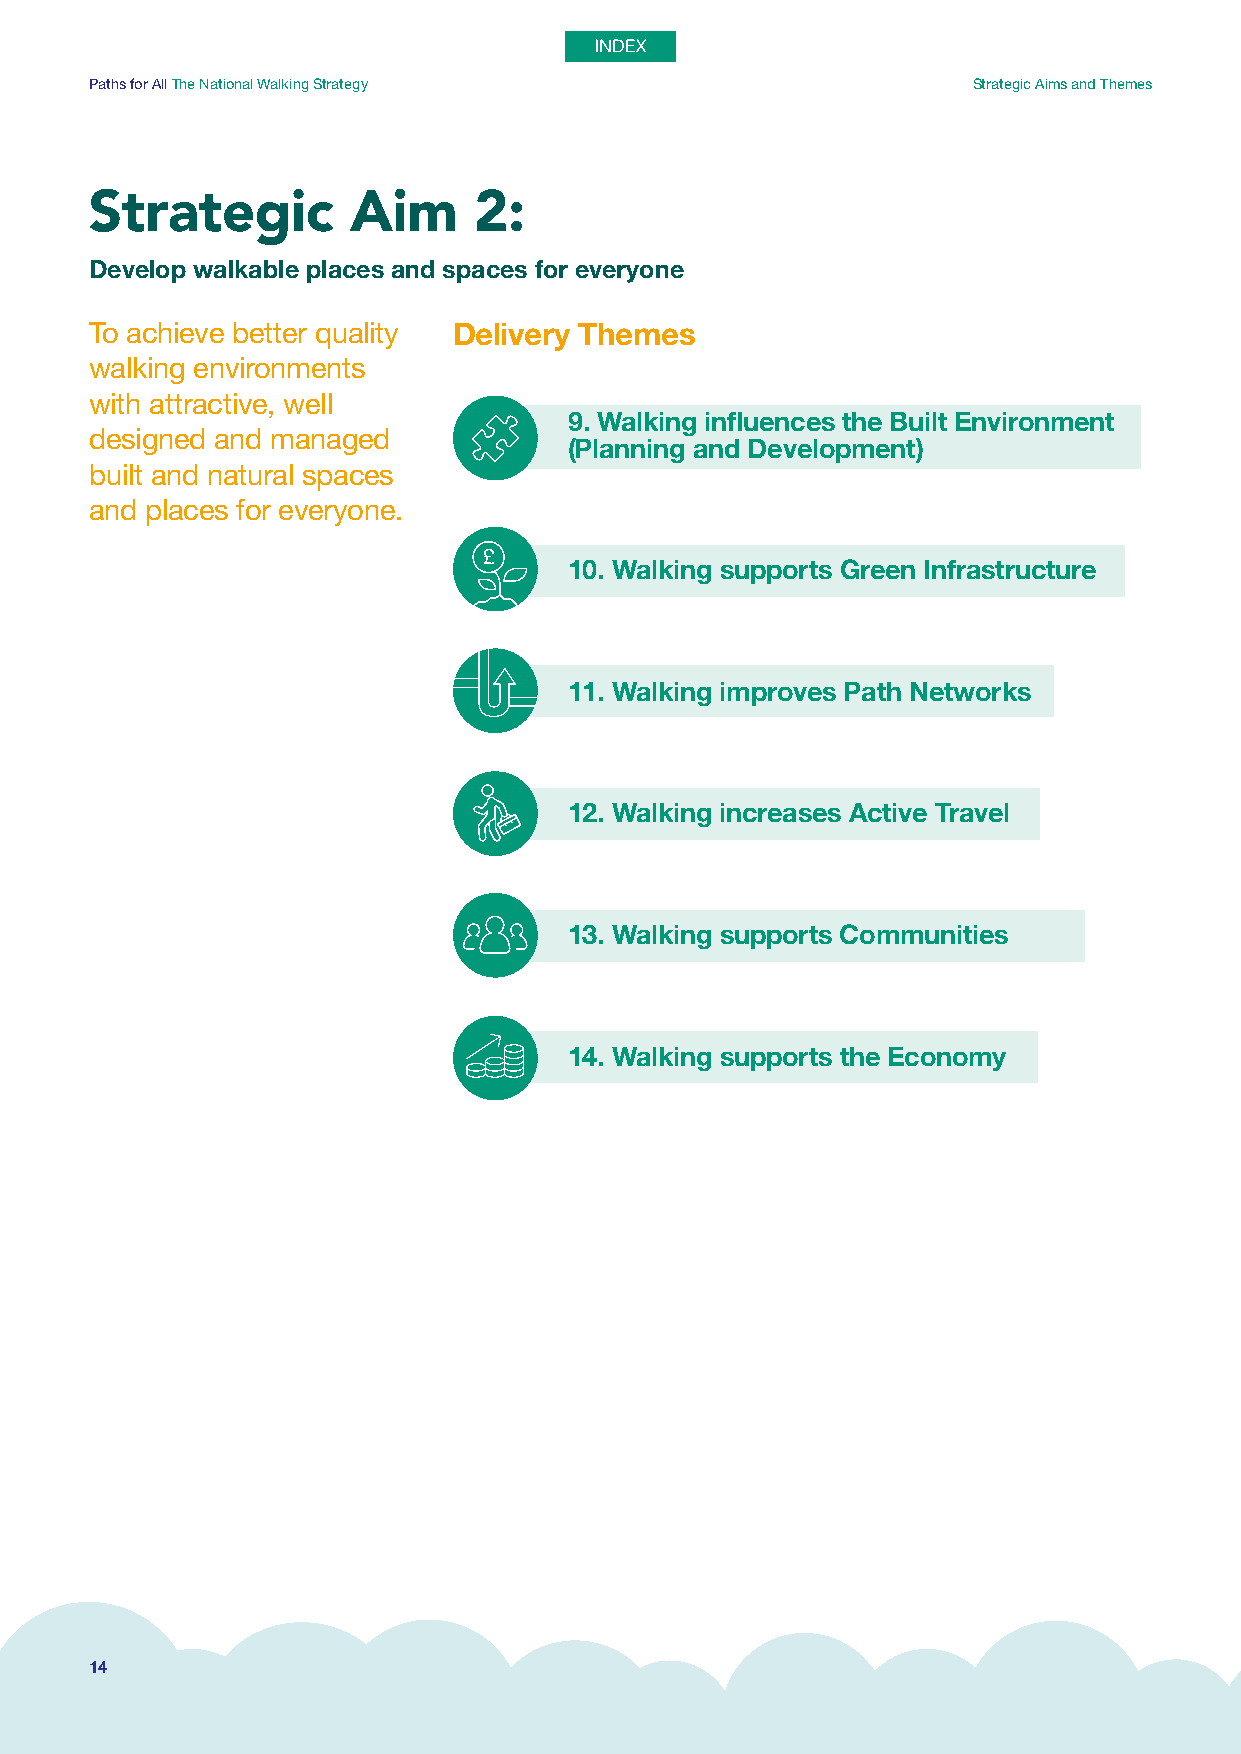
Paths for All The National Walking Strategy               Strategic Aims and Themes
 Strategic        Aim     2:
 Develop walkable places and spaces for everyone
 To achieve better quality Delivery Themes
 walking environments
 with attractive, well
 9. Walking influences the Built Environment
 designed and managed
 (Planning and Development)
 built and natural spaces
 and places for everyone.
 10. Walking supports Green Infrastructure
 11. Walking improves Path Networks
 12. Walking increases Active Travel
 13. Walking supports Communities
 14. Walking supports the Economy
 14